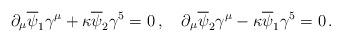
LaTeX: \begin{align*}\partial_\mu \overline \psi_1 \gamma^\mu +\kappa \overline\psi_2 \gamma^5= 0\, ,\quad\partial_\mu \overline \psi_2 \gamma^\mu -\kappa \overline\psi_1 \gamma^5= 0\, .\end{align*}